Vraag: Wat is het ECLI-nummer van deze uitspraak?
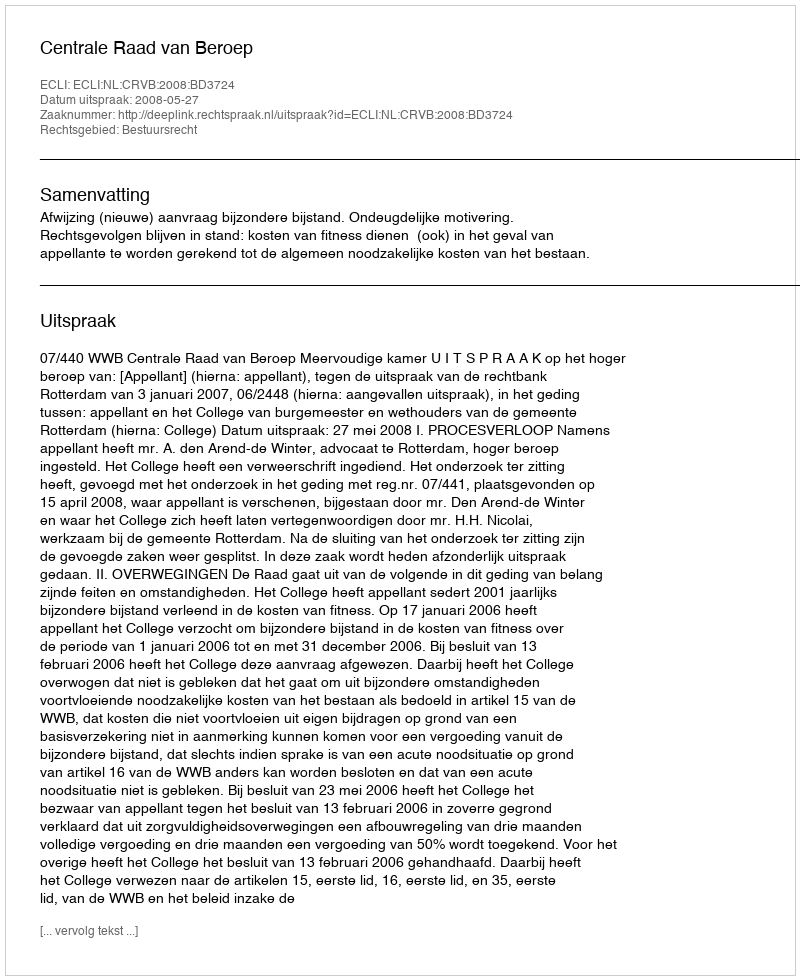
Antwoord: ECLI:NL:CRVB:2008:BD3724